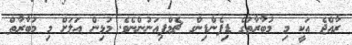
ރާއްޖެ އަކީ މި މުބާރާތުގެ ޑިފެންޑިންގ ޗެމްޕިއަނުންނެވެ. މުޅިން އަލަށް މި މުބާރާތް